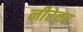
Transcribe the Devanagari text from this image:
नीरेवर